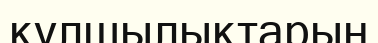
құлшылықтарын